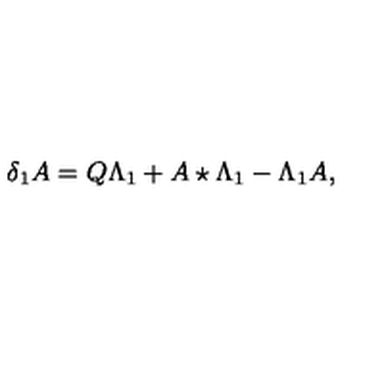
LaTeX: \delta _ { 1 } A = Q \Lambda _ { 1 } + A \star \Lambda _ { 1 } - \Lambda _ { 1 } A ,